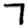
Digit: 7